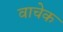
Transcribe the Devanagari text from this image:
वाचेक